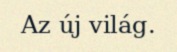
Az új világ.